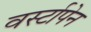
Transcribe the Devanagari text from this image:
वर्स्टापेन